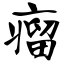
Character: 瘤